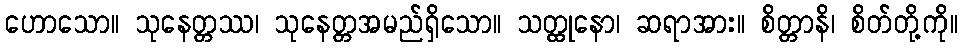
ဟောသော။ သုနေတ္တဿ၊ သုနေတ္တအမည်ရှိသော။ သတ္ထုနော၊ ဆရာအား။ စိတ္တာနိ၊ စိတ်တို့ကို။